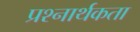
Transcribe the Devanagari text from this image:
प्रश्‍नार्थकता